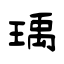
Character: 瑀